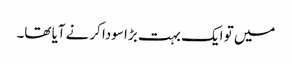
میں تو ایک بہت بڑا سودا کرنے آیا تھا۔